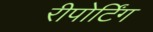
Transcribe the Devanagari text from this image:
रीपोर्टिंग